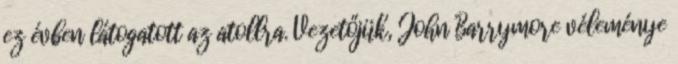
ez évben látogatott az atollra. Vezetőjük, John Barrymore véleménye